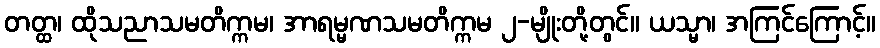
တတ္ထ၊ ထိုသညာသမတိက္ကမ၊ အာရမ္မဏသမတိက္ကမ ၂-မျိုးတို့တွင်။ ယသ္မာ၊ အကြင်ကြောင့်။